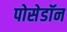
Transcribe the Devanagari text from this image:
पोसेडॉन